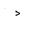
Letter: _dal